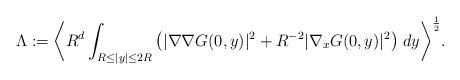
LaTeX: \begin{align*}\Lambda:=\bigg\langle R^d \int_{R\le|y|\le2R} \big( |\nabla\nabla G(0,y)|^2 + R^{-2} |\nabla_x G(0,y)|^2 \big) \;dy\bigg\rangle^\frac{1}{2}.\end{align*}